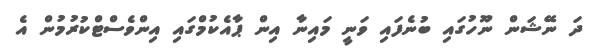
ދަ ނޭޝަން ނޫހުގައި ބުނެފައި ވަނީ މައިނާ އިން ޕާއެކުމްގައި އިންވެސްޓްކުރުމުން އެ